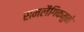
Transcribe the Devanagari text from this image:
समलैंगिकमुळे